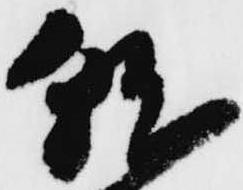
就